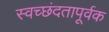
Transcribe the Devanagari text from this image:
स्वच्छंदतापूर्वक